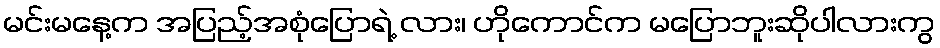
မင်းမနေ့က အပြည့်အစုံပြောရဲ့ လား၊ ဟိုကောင်က မပြောဘူးဆိုပါလားကွ